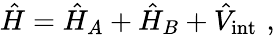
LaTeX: \hat{H}=\hat{H}_{A}+\hat{H}_{B}+\hat{V}_{\mathrm{int}}\, \, ,